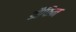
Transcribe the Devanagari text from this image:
डौफिन